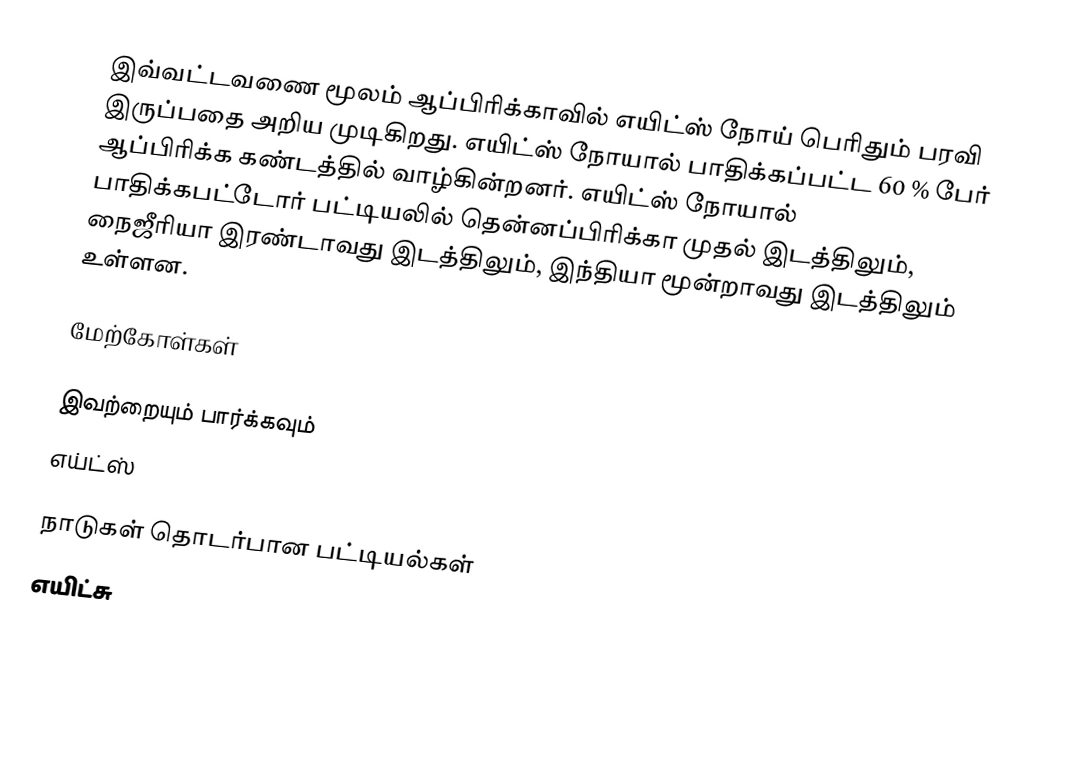
இவ்வட்டவணை மூலம்  ஆப்பிரிக்காவில் எயிட்ஸ் நோய் பெரிதும் பரவி இருப்பதை அறிய முடிகிறது. எயிட்ஸ் நோயால் பாதிக்கப்பட்ட 60 % பேர் ஆப்பிரிக்க கண்டத்தில் வாழ்கின்றனர். எயிட்ஸ் நோயால் பாதிக்கபட்டோர் பட்டியலில் தென்னப்பிரிக்கா   முதல் இடத்திலும், நைஜீரியா இரண்டாவது இடத்திலும், இந்தியா மூன்றாவது இடத்திலும் உள்ளன.

மேற்கோள்கள்

இவற்றையும் பார்க்கவும்
 எய்ட்ஸ்

நாடுகள் தொடர்பான பட்டியல்கள்
எயிட்சு